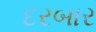
દરબાર